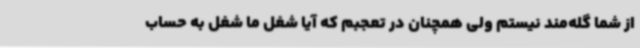
از شما گله‌مند نیستم ولی همچنان در تعجبم که آیا شغل ما شغل به حساب